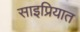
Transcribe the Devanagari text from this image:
साइप्रियात